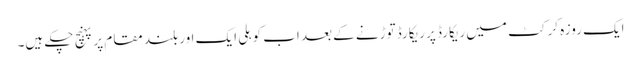
ایک روزہ کرکٹ میں ریکارڈ پر ریکارڈ توڑنے کے بعد اب کوہلی ایک اور بلند مقام پر پہنچ چکے ہیں۔